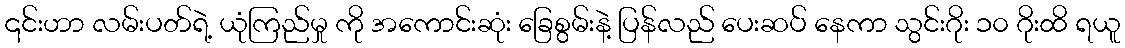
၎င်းဟာ လမ်းပတ်ရဲ့ ယုံကြည်မှု ကို အကောင်းဆုံး ခြေစွမ်းနဲ့ ပြန်လည် ပေးဆပ် နေကာ သွင်းဂိုး ၁၀ ဂိုးထိ ရယူ